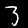
Label: 3